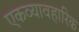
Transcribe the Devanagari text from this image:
एकव्यावहारिक